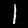
Digit: 1